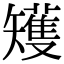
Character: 矱